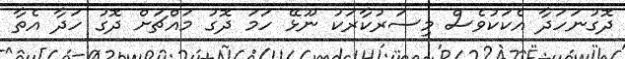
ދޮގުނަހަދާ އެކަކުވެސް މިސަރުކާރަކު ނޫޅޭ ހަމަ ދޮގު މައްޗަށް ދޮގު ހަދާ އެތާ